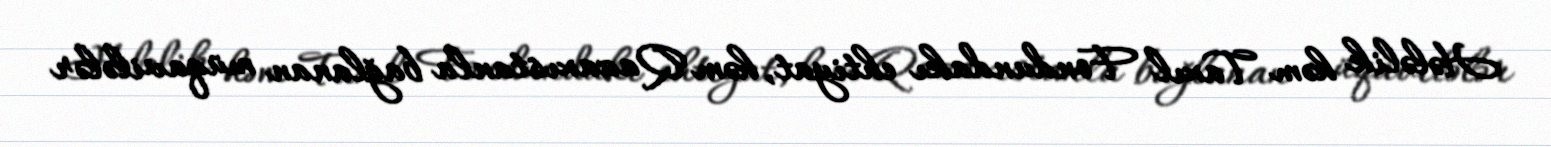
Hələlik həm Taxıl Fondundakı ehtiyat, həm Qazaxıstanla bağlanan müqavilələr